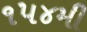
૧૫૪મી